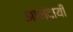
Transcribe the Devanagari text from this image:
आनंदायी